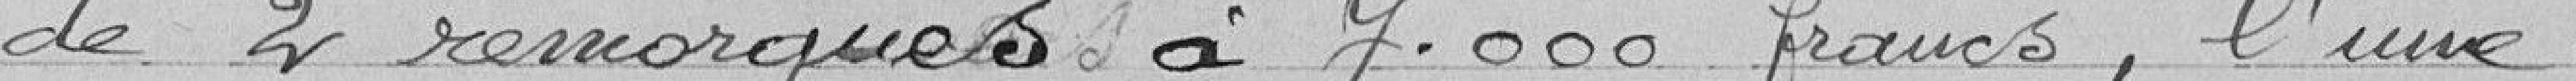
de 2 remorques à 7.000 francs, l'une.